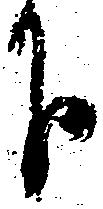
下